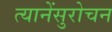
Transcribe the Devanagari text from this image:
त्यानेंसुरोचन